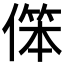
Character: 𱏈